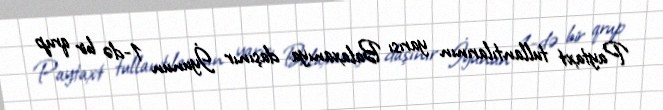
Paytaxt tullantılarının yarısı Balaxanıya daşınır İyunun 1-də bir qrup